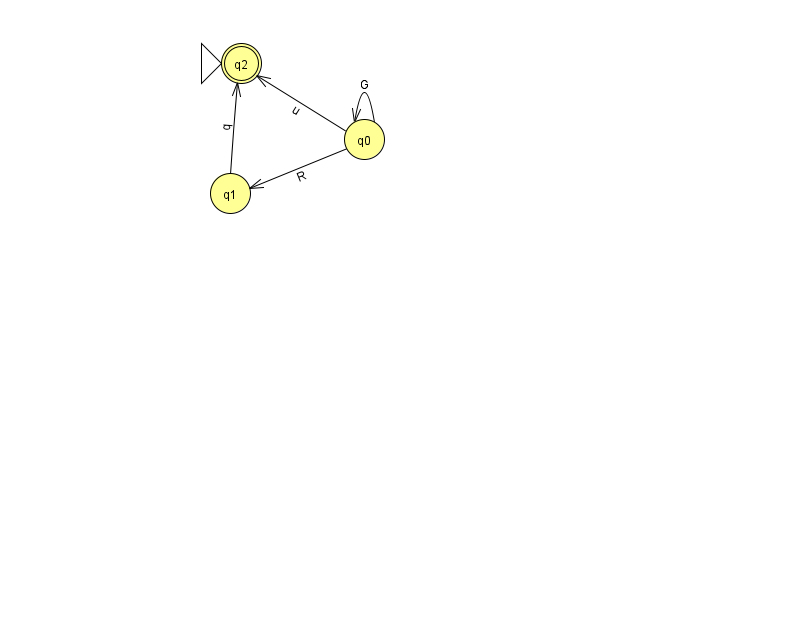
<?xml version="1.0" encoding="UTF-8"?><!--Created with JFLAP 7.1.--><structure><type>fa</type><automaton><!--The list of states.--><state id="0" name="q0"><x>364.0</x><y>126.0</y></state><state id="1" name="q1"><x>230.0</x><y>180.0</y></state><state id="2" name="q2"><x>241.0</x><y>50.0</y><initial/><final/></state><!--The list of transitions.--><transition><from>0</from><to>0</to><read>G</read></transition><transition><from>1</from><to>2</to><read>q</read></transition><transition><from>0</from><to>1</to><read>R</read></transition><transition><from>0</from><to>2</to><read>u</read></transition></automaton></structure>